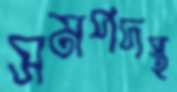
সমপদস্থ